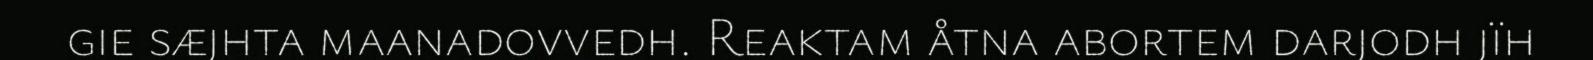
gie sæjhta maanadovvedh. Reaktam åtna abortem darjodh jïh